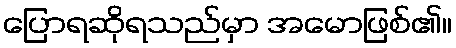
ပြောရဆိုရသည်မှာ အမောဖြစ်၏။